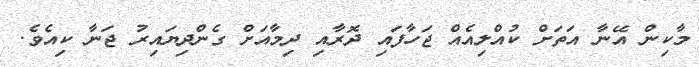
މާކިން އޭނާ އަތަށް ކުއްލިއެއް ޖަހާފައި ދޮރާއި ދިމާއަށް ގެންދިޔައިރު ޖަނާ ކިއެވެ.